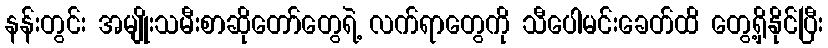
နန်းတွင်း အမျိုးသမီးစာဆိုတော်တွေရဲ့ လက်ရာတွေကို သီပေါမင်းခေတ်ထိ တွေ့ရှိနိုင်ပြီး